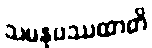
သမနုပဿထာတိ